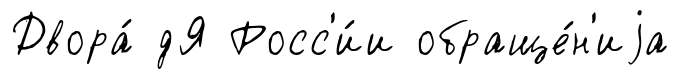
Двора́ дЯ Росс'и́и обраще́н'иjа